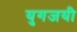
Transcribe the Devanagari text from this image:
युगजयी